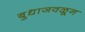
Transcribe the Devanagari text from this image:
बुधाजवळून